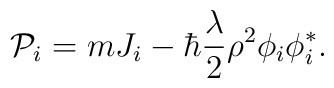
{\cal P}_{i}=m J_{i}-\hbar {\lambda\over 2} \rho^2 \phi_{i}\phi_{i}^{*}.